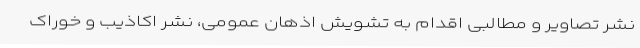
نشر تصاویر و مطالبی اقدام به تشویش اذهان عمومی، نشر اکاذیب و خوراک